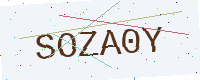
Text: SOZA0Y